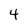
Character: 4